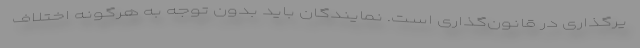
یرگذاری در قانون‌گذاری است. نمایندگان باید بدون توجه به هرگونه اختلاف